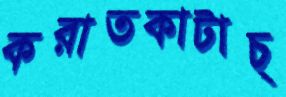
করাতকাটাচ্